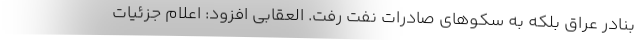
بنادر عراق بلکه به سکوهای صادرات نفت رفت. العقابی افزود: اعلام جزئیات